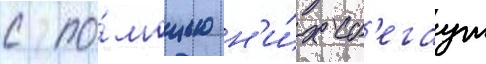
с по́мощью н'и́х сб'егаут